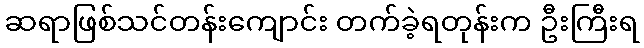
ဆရာဖြစ်သင်တန်းကျောင်း တက်ခဲ့ရတုန်းက ဦးကြီးရ